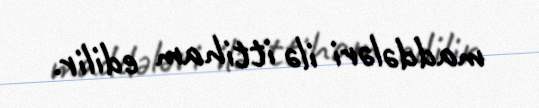
maddələri ilə ittiham edilir.